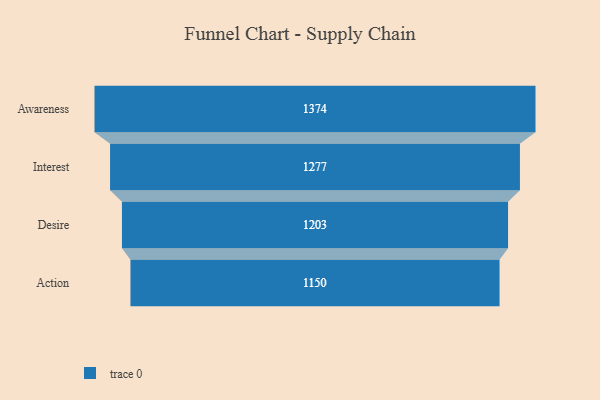
{"axis": {"x": "Stage", "y": "Value"}, "legend": [""], "data": [{"x": "Awareness", "y": 1374.0, "type": ""}, {"x": "Interest", "y": 1277.0, "type": ""}, {"x": "Desire", "y": 1203.0, "type": ""}, {"x": "Action", "y": 1150.0, "type": ""}]}